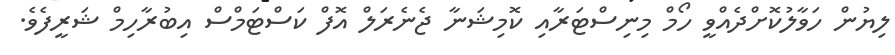
ލިޔުން ހަވާލުކޮށްދެއްވީ ހޯމް މިނިސްޓަރާއި ކޮމިޝަނާ ޖެނެރަލް އޮފް ކަސްޓަމްސް އިބުރާހިމް ޝަރީފެވެ.